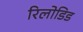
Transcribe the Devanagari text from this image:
रिलोडिड